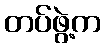
တပ်ဖွဲ့က